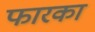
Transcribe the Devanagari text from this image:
फारका